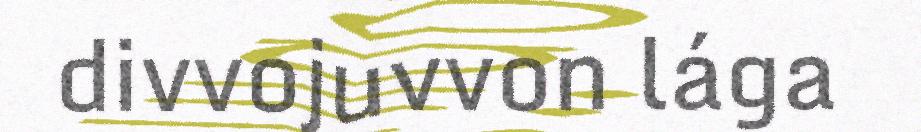
divvojuvvon lága